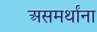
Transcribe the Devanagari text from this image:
असमर्थांना